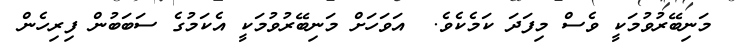
މަނިބޭރުވުމަކީ ވެސް މިފަދަ ކަމެކެވެ.  އަވަހަށް މަނިބޭރުވުމަކީ އެކަމުގެ ސަބަބުން ފިރިހެން